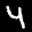
Label: 4